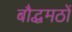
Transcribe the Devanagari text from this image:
बौद्धमठों